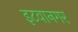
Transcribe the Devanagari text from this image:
इटवानगर